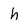
Character: h